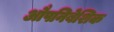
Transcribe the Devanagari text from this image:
औपनिबेशिक